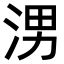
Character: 𪶀